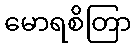
မောရစိတြာ